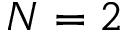
N = 2